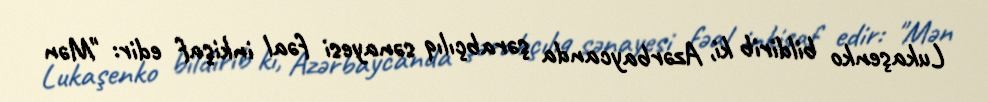
Lukaşenko bildirib ki, Azərbaycanda şərabçılıq sənayesi fəal inkişaf edir: "Mən